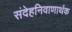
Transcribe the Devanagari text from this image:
संदेहनिवाणार्थक